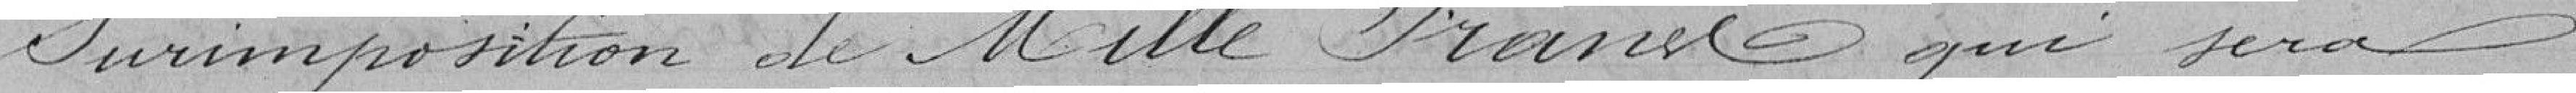
imposition de mille francs qui sera